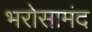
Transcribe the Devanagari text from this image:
भरोसामंद